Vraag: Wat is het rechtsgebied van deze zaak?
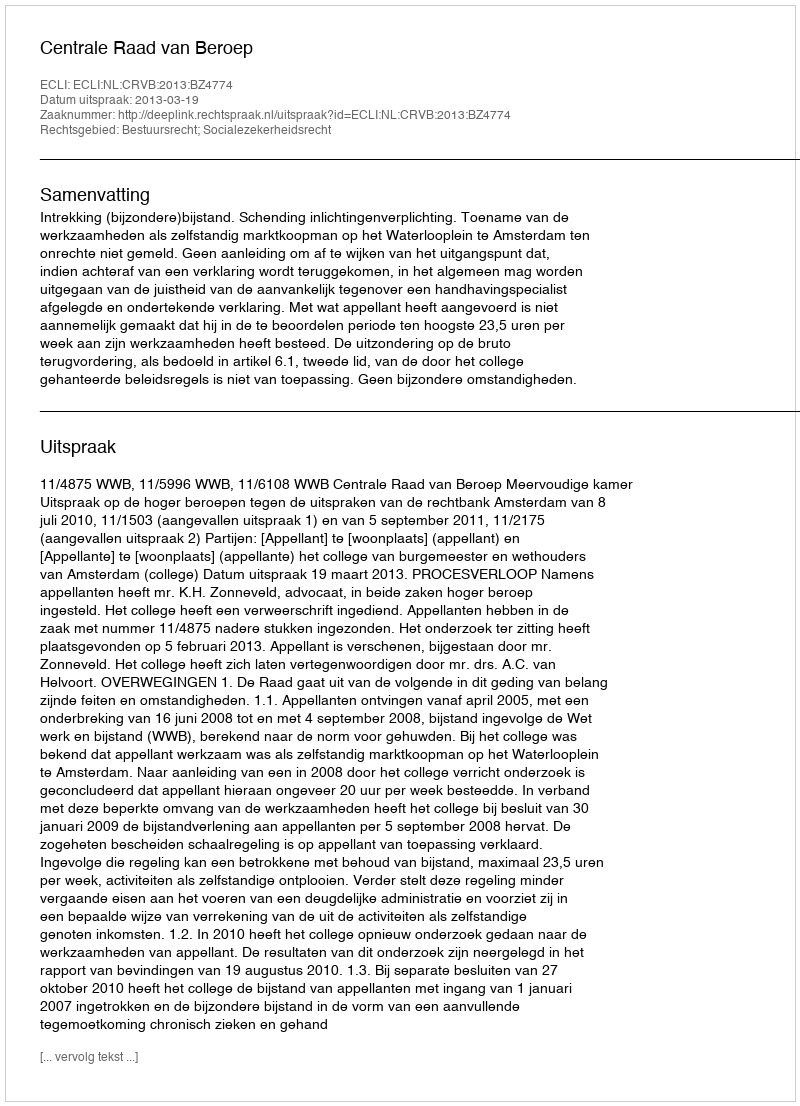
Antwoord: Bestuursrecht; Socialezekerheidsrecht